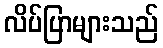
လိပ်ပြာများသည်